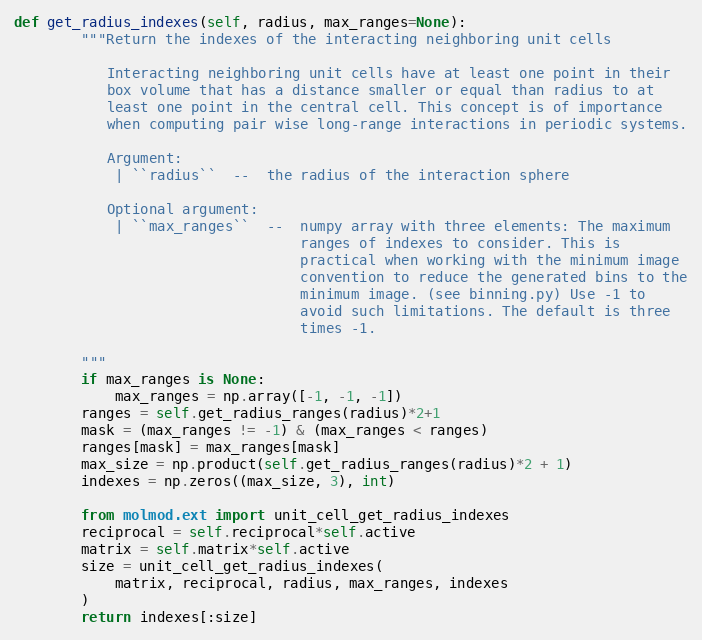
Language: Python
def get_radius_indexes(self, radius, max_ranges=None):
        """Return the indexes of the interacting neighboring unit cells

           Interacting neighboring unit cells have at least one point in their
           box volume that has a distance smaller or equal than radius to at
           least one point in the central cell. This concept is of importance
           when computing pair wise long-range interactions in periodic systems.

           Argument:
            | ``radius``  --  the radius of the interaction sphere

           Optional argument:
            | ``max_ranges``  --  numpy array with three elements: The maximum
                                  ranges of indexes to consider. This is
                                  practical when working with the minimum image
                                  convention to reduce the generated bins to the
                                  minimum image. (see binning.py) Use -1 to
                                  avoid such limitations. The default is three
                                  times -1.

        """
        if max_ranges is None:
            max_ranges = np.array([-1, -1, -1])
        ranges = self.get_radius_ranges(radius)*2+1
        mask = (max_ranges != -1) & (max_ranges < ranges)
        ranges[mask] = max_ranges[mask]
        max_size = np.product(self.get_radius_ranges(radius)*2 + 1)
        indexes = np.zeros((max_size, 3), int)

        from molmod.ext import unit_cell_get_radius_indexes
        reciprocal = self.reciprocal*self.active
        matrix = self.matrix*self.active
        size = unit_cell_get_radius_indexes(
            matrix, reciprocal, radius, max_ranges, indexes
        )
        return indexes[:size]